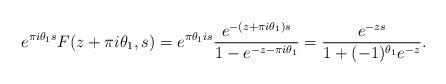
LaTeX: \begin{align*}e^{ \pi i \theta_1 s } F(z + \pi i \theta_1 , s) = e^{ \pi \theta_1 i s } \frac{ e^{ - (z + \pi i \theta_1 ) s } }{ 1 - e^{ - z - \pi i \theta_1 } } = \frac{ e^{ - z s } }{ 1 + (-1)^{\theta_1 } e^{ - z} }.\end{align*}